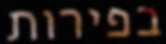
בפירות